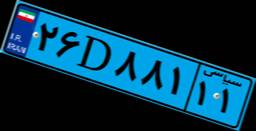
۹۴D۸۴۰۱۵